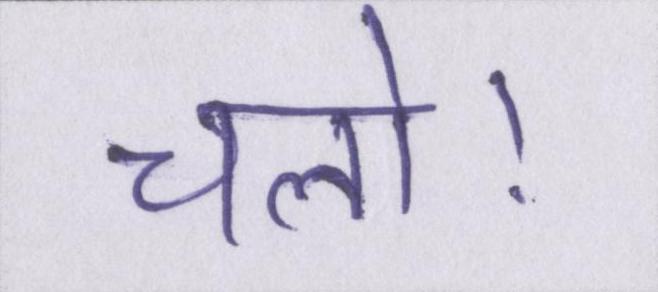
चलो।